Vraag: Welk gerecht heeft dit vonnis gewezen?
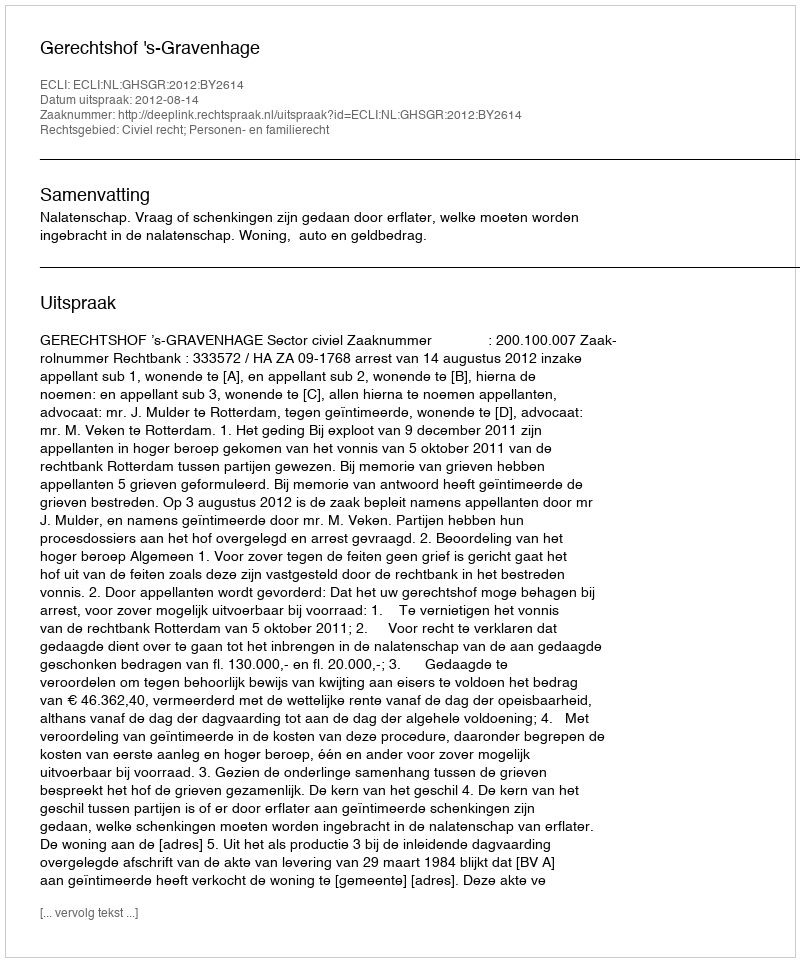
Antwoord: Gerechtshof 's-Gravenhage